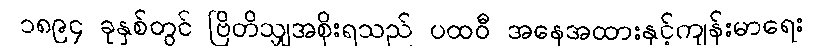
၁၈၉၄ ခုနှစ်တွင် ဗြိတိသျှအစိုးရသည် ပထဝီ အနေအထားနှင့်ကျန်းမာရေး